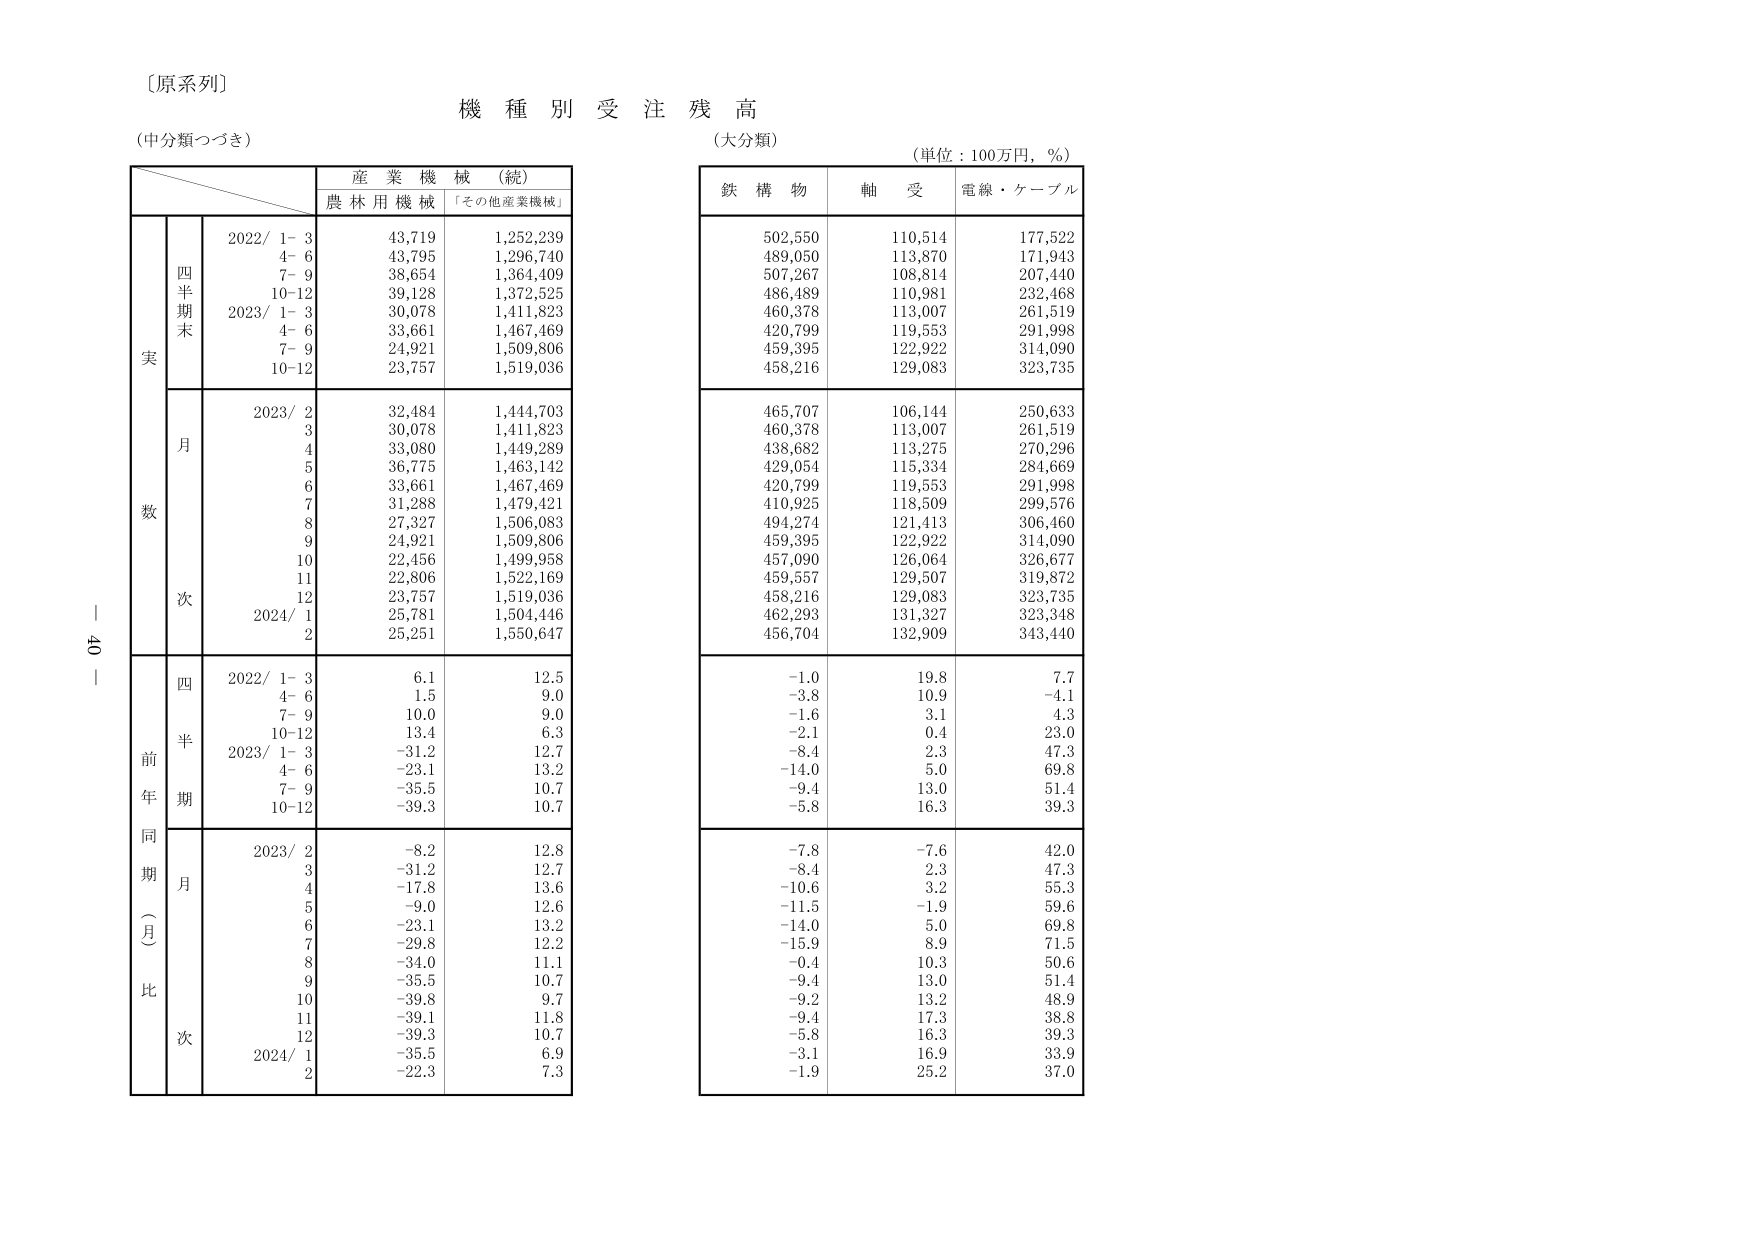
〔原系列〕
機種別受注残高
（中分類つづき）
（大分類）
（単位：100万円，％）

産業機械（続）
農林用機械 「その他産業機械」

鉄構物 軸受 電線・ケーブル

実数
四半期末
2022/ 1-3 43,719 1,252,239
4-6 43,795 1,296,740
7-9 38,654 1,364,409
10-12 39,128 1,372,525
2023/ 1-3 30,078 1,411,823
4-6 33,661 1,467,469
7-9 24,921 1,509,806
10-12 23,757 1,519,036

月次
2023/ 2 32,484 1,444,703
3 30,078 1,411,823
4 33,080 1,449,289
5 36,775 1,463,142
6 33,661 1,467,469
7 31,288 1,479,421
8 27,327 1,506,083
9 24,921 1,509,806
10 22,456 1,499,958
11 22,806 1,522,169
12 23,757 1,519,036
2024/ 1 25,781 1,504,446
2 25,251 1,550,647

前年同期（月）比
四半期
2022/ 1-3 6.1 12.5 -1.0 19.8 7.7
4-6 1.5 9.0 -3.8 10.9 -4.1
7-9 10.0 9.0 -1.6 3.1 4.3
10-12 13.4 6.3 -2.1 0.4 23.0
2023/ 1-3 -31.2 12.7 -8.4 2.3 47.3
4-6 -23.1 13.2 -14.0 5.0 69.8
7-9 -35.5 10.7 -9.4 13.0 51.4
10-12 -39.3 10.7 -5.8 16.3 39.3

月次
2023/ 2 -8.2 12.8 -7.8 -7.6 42.0
3 -31.2 12.7 -8.4 2.3 47.3
4 -17.8 13.6 -10.6 3.2 55.3
5 -9.0 12.6 -11.5 -1.9 59.6
6 -23.1 13.2 -14.0 5.0 69.8
7 -29.8 12.2 -15.9 8.9 71.5
8 -34.0 11.1 -0.4 10.3 50.6
9 -35.5 10.7 -9.4 13.0 51.4
10 -39.8 9.7 -9.2 13.2 48.9
11 -39.1 11.8 -9.4 17.3 38.8
12 -39.3 10.7 -5.8 16.3 39.3
2024/ 1 -35.5 6.9 -3.1 16.9 33.9
2 -22.3 7.3 -1.9 25.2 37.0

502,550 110,514 177,522
489,050 113,870 171,943
507,267 108,814 207,440
486,489 110,981 232,468
460,378 113,007 261,519
420,799 119,553 291,998
459,395 122,922 314,090
458,216 129,083 323,735

465,707 106,144 250,633
460,378 113,007 261,519
438,682 113,275 270,296
429,054 115,334 284,669
420,799 119,553 291,998
410,925 118,509 299,576
494,274 121,413 306,460
459,395 122,922 314,090
457,090 126,064 326,677
459,557 129,507 319,872
458,216 129,083 323,735
462,293 131,327 323,348
456,704 132,909 343,440

40